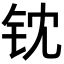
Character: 𬬵